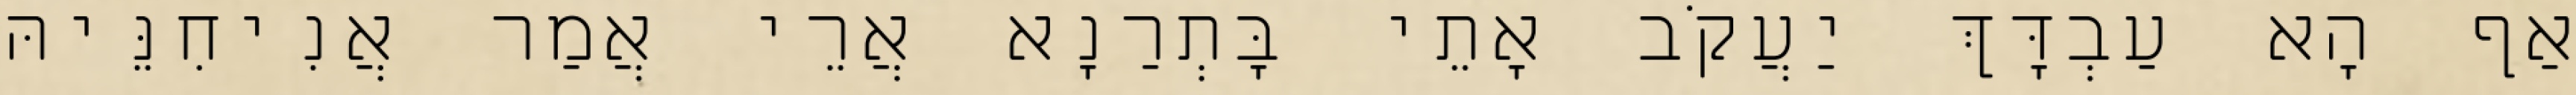
אַף הָא עַבְדָּךְ יַעֲקֹב אָתֵי בָּתְרַנָא אֲרֵי אֲמַר אֲנִיחִנֵּיהּ